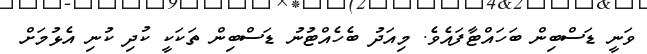
ވަނީ ޑަސްބިން ބަހައްޓާފައެވެ. މިއަދު ބެހެއްޓުނު ޑަސްބިން ތަކަކީ ކުދި ކުނި އެޅުމަށް